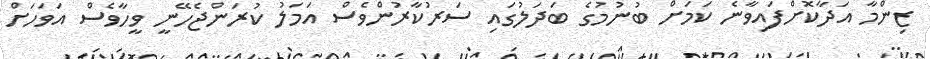
ޒިންމާ އަދާކޮށްފައިވާނެ ކަމަށް ބުނުމުގެ ބަދަލުގައި ސަރުކާރުންވެސް އަމަލު ކުރަންޖެހޭނީ ވީހާވެސް އަވަހަށް